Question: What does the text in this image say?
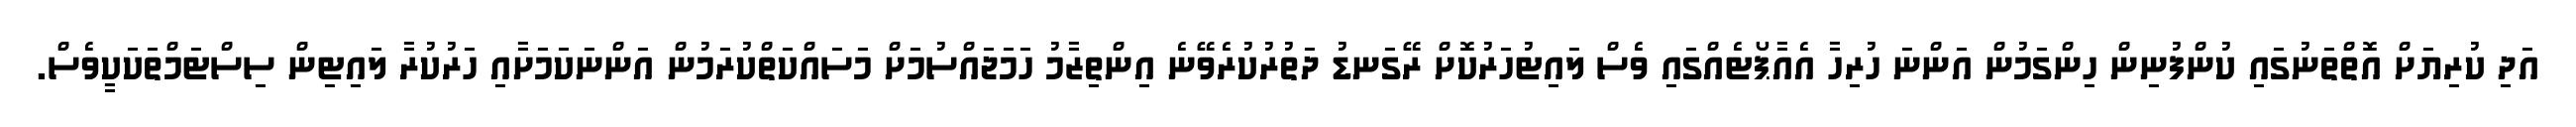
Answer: އަދި ކުރިޔަށް އޮތްތަނުގައި ކުންފުނިން ހިންގަމުން އަންނަ ހުރިހާ އެއާޕޯޓެއްގައި ވެސް ލައިޓުހަރުކޮށް ރޭގަނޑު ދަތުރުކުރެވޭނެ އިންތިޒާމު ހަމަޖައްސުމަށް މަސައްކަތްކުރަމުން އަންނަކަމަށާއި ހަރުކުރާ ލައިޓިން ސިސްޓަމްތަކަކީވެސް.